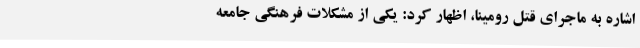
اشاره به ماجرای قتل رومینا، اظهار کرد: یکی از مشکلات فرهنگی جامعه